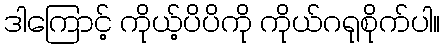
ဒါကြောင့် ကိုယ့်ပိပိကို ကိုယ်ဂရုစိုက်ပါ။